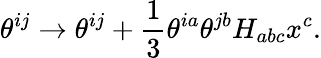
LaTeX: \theta^{ij}\to\theta^{ij}+{\frac{1}{3}}\theta^{ia}\theta^{jb}H_{abc}x^{c}.